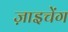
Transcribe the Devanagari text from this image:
ज़ाइचेंग